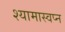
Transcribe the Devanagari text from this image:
श्यामास्वप्न